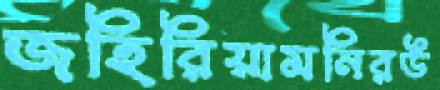
জহিরিয়ামনিরউ